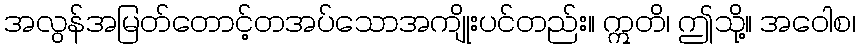
အလွန်အမြတ်တောင့်တအပ်သောအကျိုးပင်တည်း။ ဣတိ၊ ဤသို့။ အဝေါစ၊